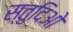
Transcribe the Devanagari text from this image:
स्तुदिओ